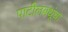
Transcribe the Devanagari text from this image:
पाटीलबंधूंचा